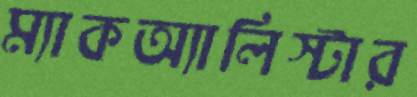
ম্যাকঅ্যালিস্টার